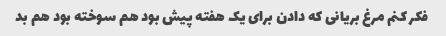
فکر کنم مرغ بریانی که دادن برای یک هفته پیش بود هم سوخته بود هم بد